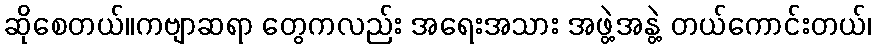
ဆိုစေတယ်။ကဗျာဆရာ တွေကလည်း အရေးအသား အဖွဲ့အနွဲ့ တယ်ကောင်းတယ်၊